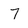
Character: 7